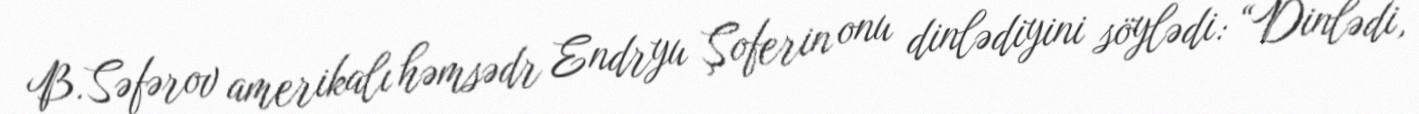
B.Səfərov amerikalı həmsədr Endryu Şoferin onu dinlədiyini söylədi: “Dinlədi,